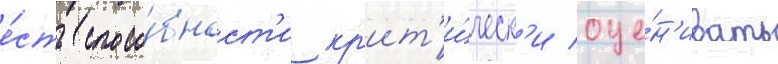
е́сть спосо́бност'и кр'ит'и́ческ'и оце́н'ивать